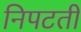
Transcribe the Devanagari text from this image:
निपटतीं